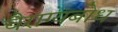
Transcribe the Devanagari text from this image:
वैराग्यबोध